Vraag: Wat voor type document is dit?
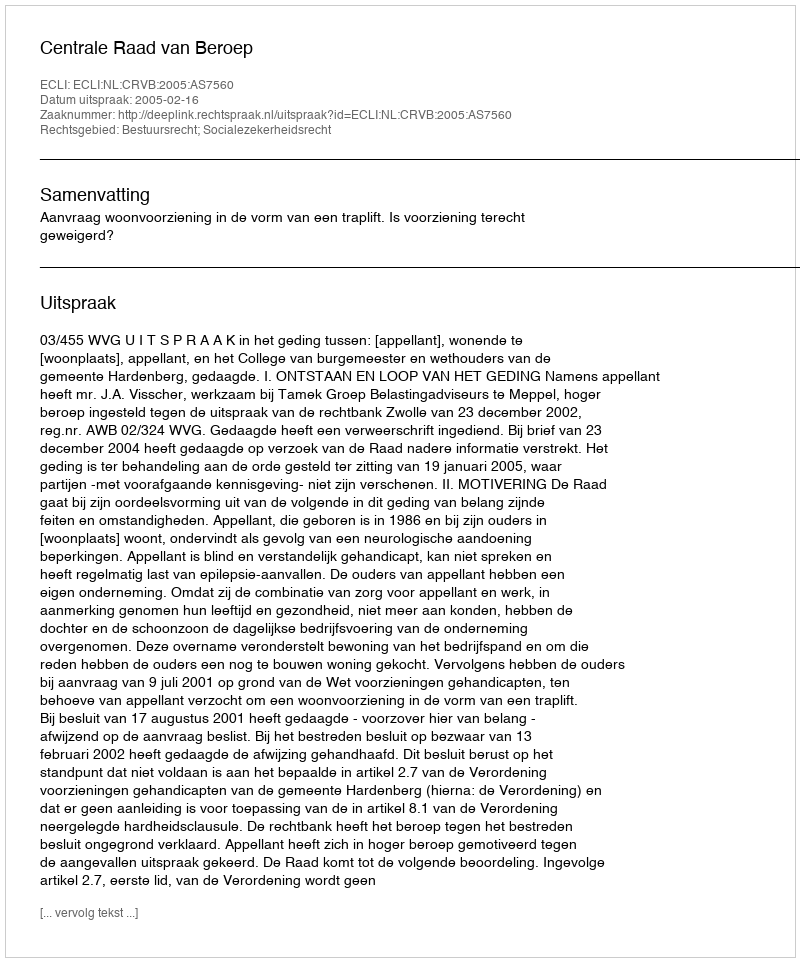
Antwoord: Uitspraak